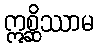
ဣစ္ဆိဿာမ